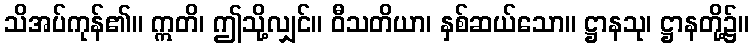
သိအပ်ကုန်၏။ ဣတိ၊ ဤသို့လျှင်။ ဝီသတိယာ၊ နှစ်ဆယ်သော။ ဋ္ဌာနသု၊ ဋ္ဌာနတို့၌။